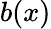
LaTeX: b(x)